Leaving Certificate Examination, 1914
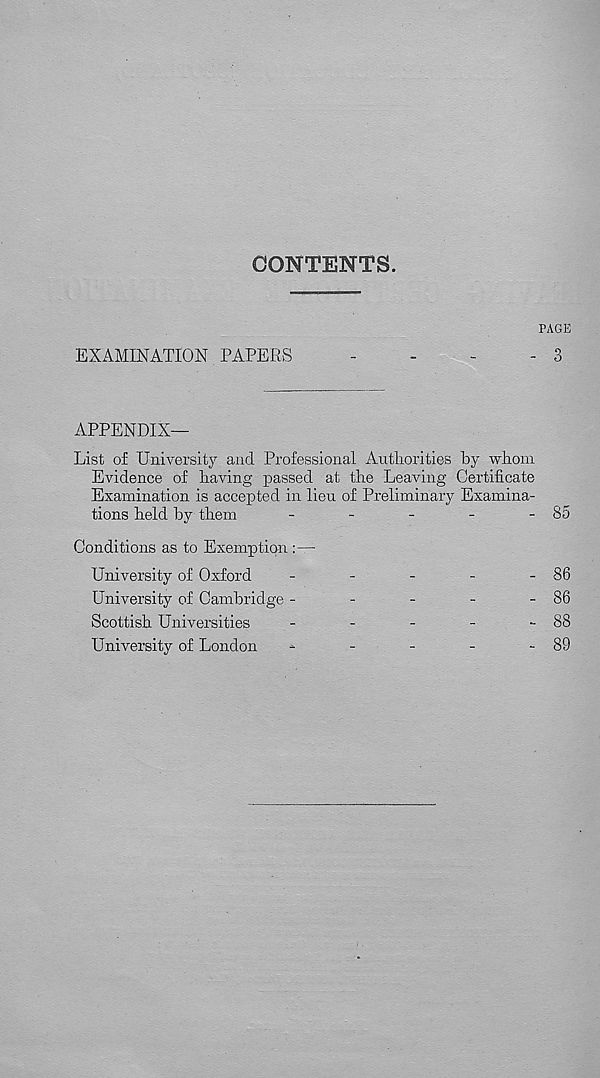
CONTENTS.
PAGE
EXAMINATION PAPERS
-
-
-
- 3
APPENDIX—
List of University and Professional Authorities by whom
Evidence of having passed at the Leaving Certificate
Examination is accepted in lieu of Preliminary Examina-
tions held by them
85
Conditions as to Exemption :—
University of Oxford
University of Cambridge -
Scottish Universities
University of London
86
86
88
89